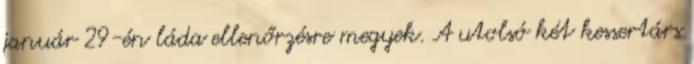
január 29-én láda ellenőrzésre megyek. A utolsó két kessertárs